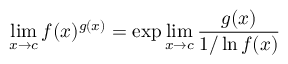
\operatorname* { l i m } _ { x \to c } f ( x ) ^ { g ( x ) } = \exp \operatorname* { l i m } _ { x \to c } { \frac { g ( x ) } { 1 / \ln f ( x ) } }